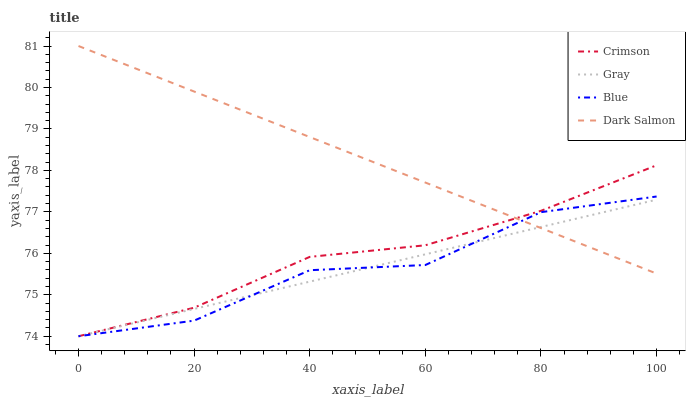
| xaxis_label | Crimson | Gray | Blue | Dark Salmon |
 | --- | --- | --- | --- | --- |
 | 0 | 74 | 74 | 74 | 81 |
 | 20 | 74.7 | 74.7 | 74.4 | 79.9 |
 | 40 | 75.9 | 75.3 | 75.6 | 78.8 |
 | 60 | 76.2 | 76 | 75.7 | 77.7 |
 | 80 | 77 | 76.6 | 77 | 76.6 |
 | 100 | 78.1 | 77.3 | 77.4 | 75.5 |